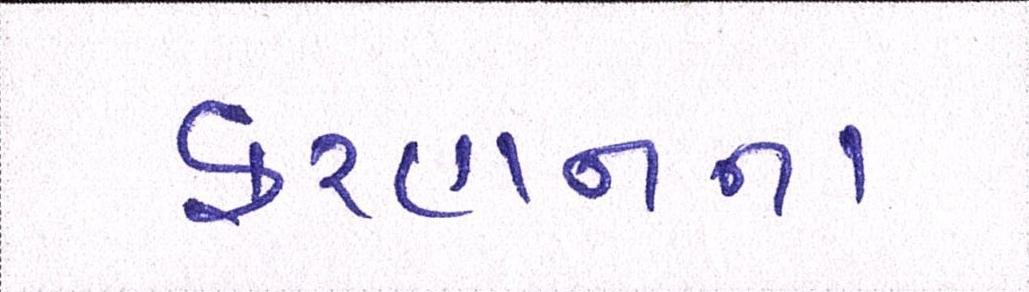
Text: ફરહાનના